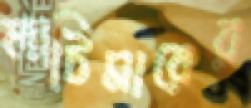
লাটিমারের